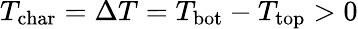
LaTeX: T_{\textrm{char}}=\Delta T=T_{\textrm{bot}}-T_{\textrm{top}}>0